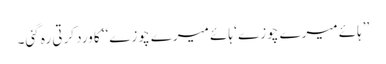
’’ہائے میرے چوزے ‘ ہائے میرے چوزے‘‘ کا ورد کرتی رہ گئی۔